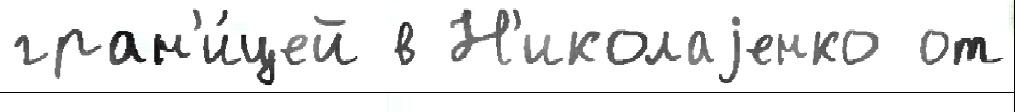
гран'и́цей в Н'иколаjенко от